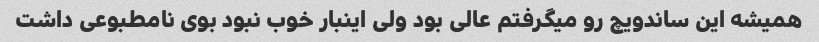
همیشه این ساندویچ رو میگرفتم عالی بود ولی اینبار خوب نبود بوی نامطبوعی داشت